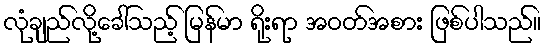
လုံချည်လို့ခေါ်သည့် မြန်မာ ရိုးရာ အဝတ်အစား ဖြစ်ပါသည်။